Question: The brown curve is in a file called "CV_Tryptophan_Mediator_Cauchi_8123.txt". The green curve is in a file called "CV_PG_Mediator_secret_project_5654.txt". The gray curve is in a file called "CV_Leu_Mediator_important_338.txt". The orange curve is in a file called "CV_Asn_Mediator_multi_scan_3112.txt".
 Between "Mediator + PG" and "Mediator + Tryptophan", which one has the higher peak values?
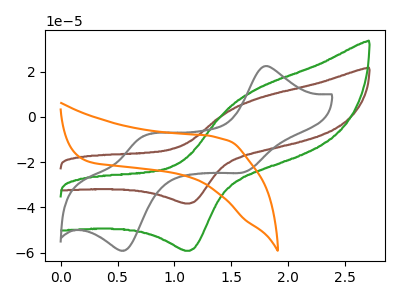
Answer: <think>The brown curve "Mediator + Tryptophan" has an anodic peak at (1.70V, 7.75uA) and a cathodic peak at (1.15V, -38.25uA). The green curve "Mediator + PG" has an anodic peak at (1.70V, 12.00uA) and a cathodic peak at (1.15V, -59.15uA). The gray curve "Mediator + Leu" has anodic peaks at (1.80V, 22.30uA) (0.70V, -8.95uA) and cathodic peaks at (1.60V, -24.20uA) (0.55V, -58.85uA). The orange curve "Mediator + Asn" has no peaks.</think>
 <answer>Every peak in "Mediator + PG" is higher than every peak in "Mediator + Tryptophan".</answer>
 <eval>higher</eval>